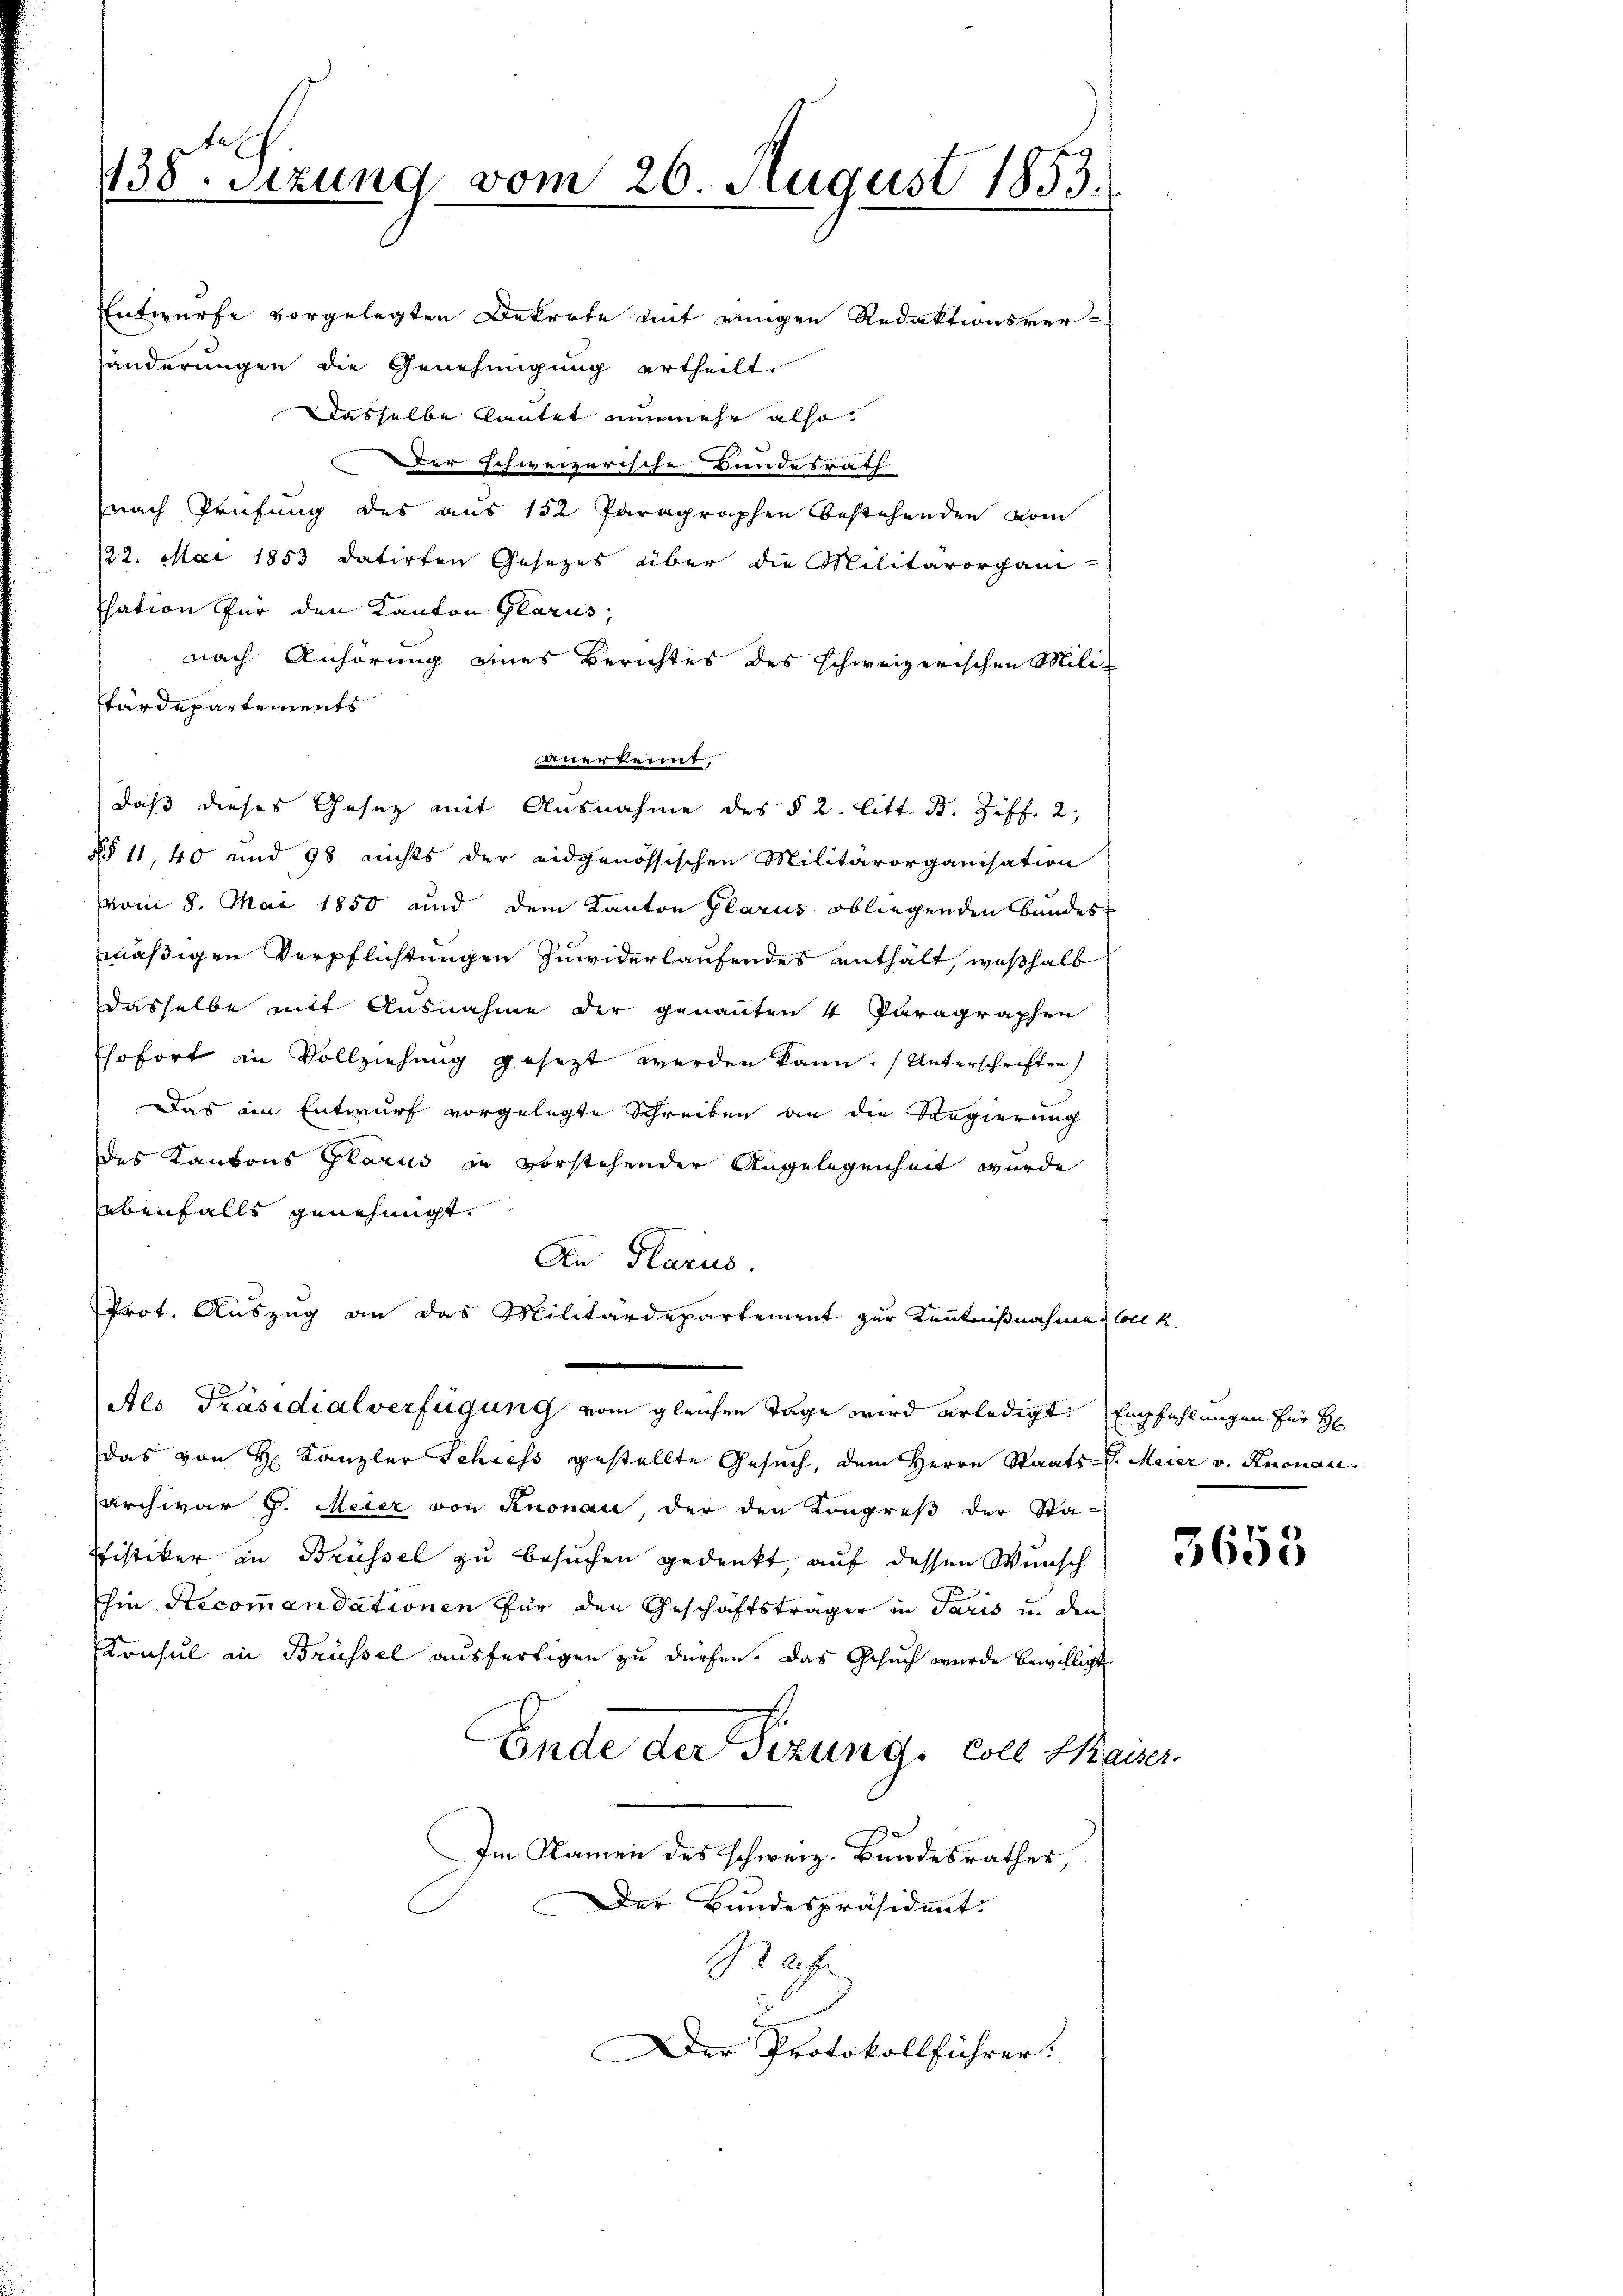
138. Setzung vom 26. August 1853.

Entwurfe vorgelegten Dekrete mit einigen Redaktionsver-
händerungen die Genehmigung ertheilt.
dasselbe lautet nunmehr also
Der schweizerische Bundesrath
nach Prüfung des aus 152 Paragraphen bestehenden vom
122. Mai 1853 datirten Gesezes über die Militärorgani
Isation für den Kanton Glarus,
nach Anhörung eines Berichtes des schweizerischen Militärdepartements
iwerkennt
daß dieses Gesetz mit Ausnahme des § 2. litt. B. Ziff. 2,
§§ 11, 40 und 98. nichts der eidgenössischen Militärorganisation
vom 8. Mai 1850 und dem Kanton Glarus obliegenden Bundesmäßigen Verpflichtungen zuwiderlaufendes enthält, weßhalb
dasselbe mit Ausnahme der genannten 4 Paragraphen
sofort in Vollziehung gesezt werden kann. (Unterschriften
Das am Entwurf vorgelegte Schreiben an die Regierung
des Kantons Glarus in vorstehender Angelegenheit wurde
ebenfalls genehmigt.
An Glarus.
Prot. Auszug an das Militärdepartement zur Kenntnißnahmes soll k
G
Als Präsidialverfügung vom gleichen Tage wird erledigt. Empfehlungen für H
Das von Hr. Kanzler Schiess gestellte Gesuch, dem Herrn Staats-G. Meier v. Knonau,
archivar G. Meier von Knonau, der den Kongreß der Sta-
Pfistiker in Brüssel zu besuchen gedenkt, auf dessen Wunsch
hin Recomandationen für den Geschäftsträger in Paris u. den
Konsul an Brüssel ausfertigen zu dürfen. Das Gesuch wurde bewilligt
Ende der Sizung, coll Kaiser
Im Namen des schweiz. Bundesrathes,
Der Bundespräsident.
Graf
Der Protokollführer:

3653